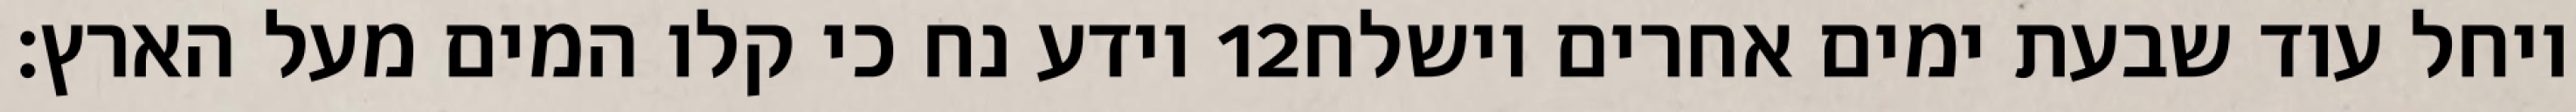
וידע נח כי קלו המים מעל הארץ׃ ‎12‏ ויחל עוד שבעת ימים אחרים וישלח